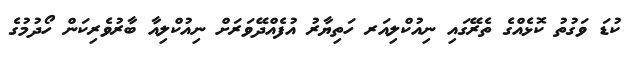
ކުޑަ ވަގުތު ކޮޅެއްގެ ތެރޭގައި ނިއުކްލިއަރ ހަތިޔާރު އުފެއްދޭވަރަށް ނިއުކްލިއާ ބާރުވެރިކަން ހޯދުމުގެ